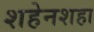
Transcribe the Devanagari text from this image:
शहेनशहा